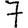
Digit: 7